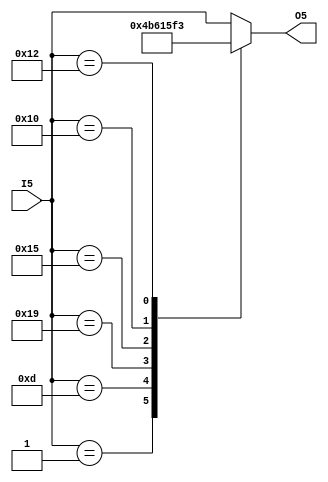
module re_plug(I5, O5);
   
   input [4:0] I5;    //declare 5bit input
//   input clk;    //declare clock
   output [4:0] O5;   //declare 5bit output
   reg [4:0] O5;
//   integer index;

   always @*
   case(I5)   
      5'b00001: O5 = 5'b00010;   /*a to b*/ 
      5'b01101: O5 = 5'b01011;   /*m to k*/
      5'b11001: O5 = 5'b01100;   /*y to l*/
      5'b10101: O5 = 5'b00101;   /*u to e*/
      5'b10000: O5 = 5'b01111;   /*p to o*/
      5'b10010: O5 = 5'b10011;   /*r to s*/
      default: O5 = I5;
   endcase
endmodule